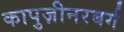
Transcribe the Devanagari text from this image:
कापुज़ीनरबर्ग